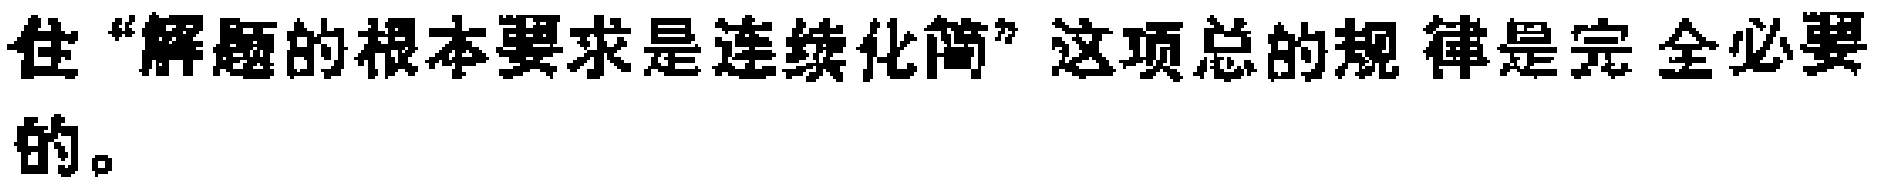
住“解题的根本要求是连续化简”这项总的规律是完全必要的。